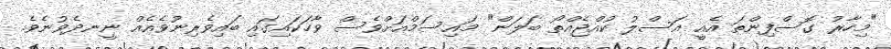
"މިހާރު ގޮސްފިންތަ އެއީ އަސްލު ކުއްޖެއްތޯ ބަލަން" މައިސަމްއަށްވެސް ވާހަކައިގައި ބައިވެރިނުވެއެއް ނީނދެވުނެވެ.